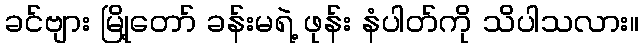
ခင်ဗျား မြို့တော် ခန်းမရဲ့ ဖုန်း နံပါတ်ကို သိပါသလား။